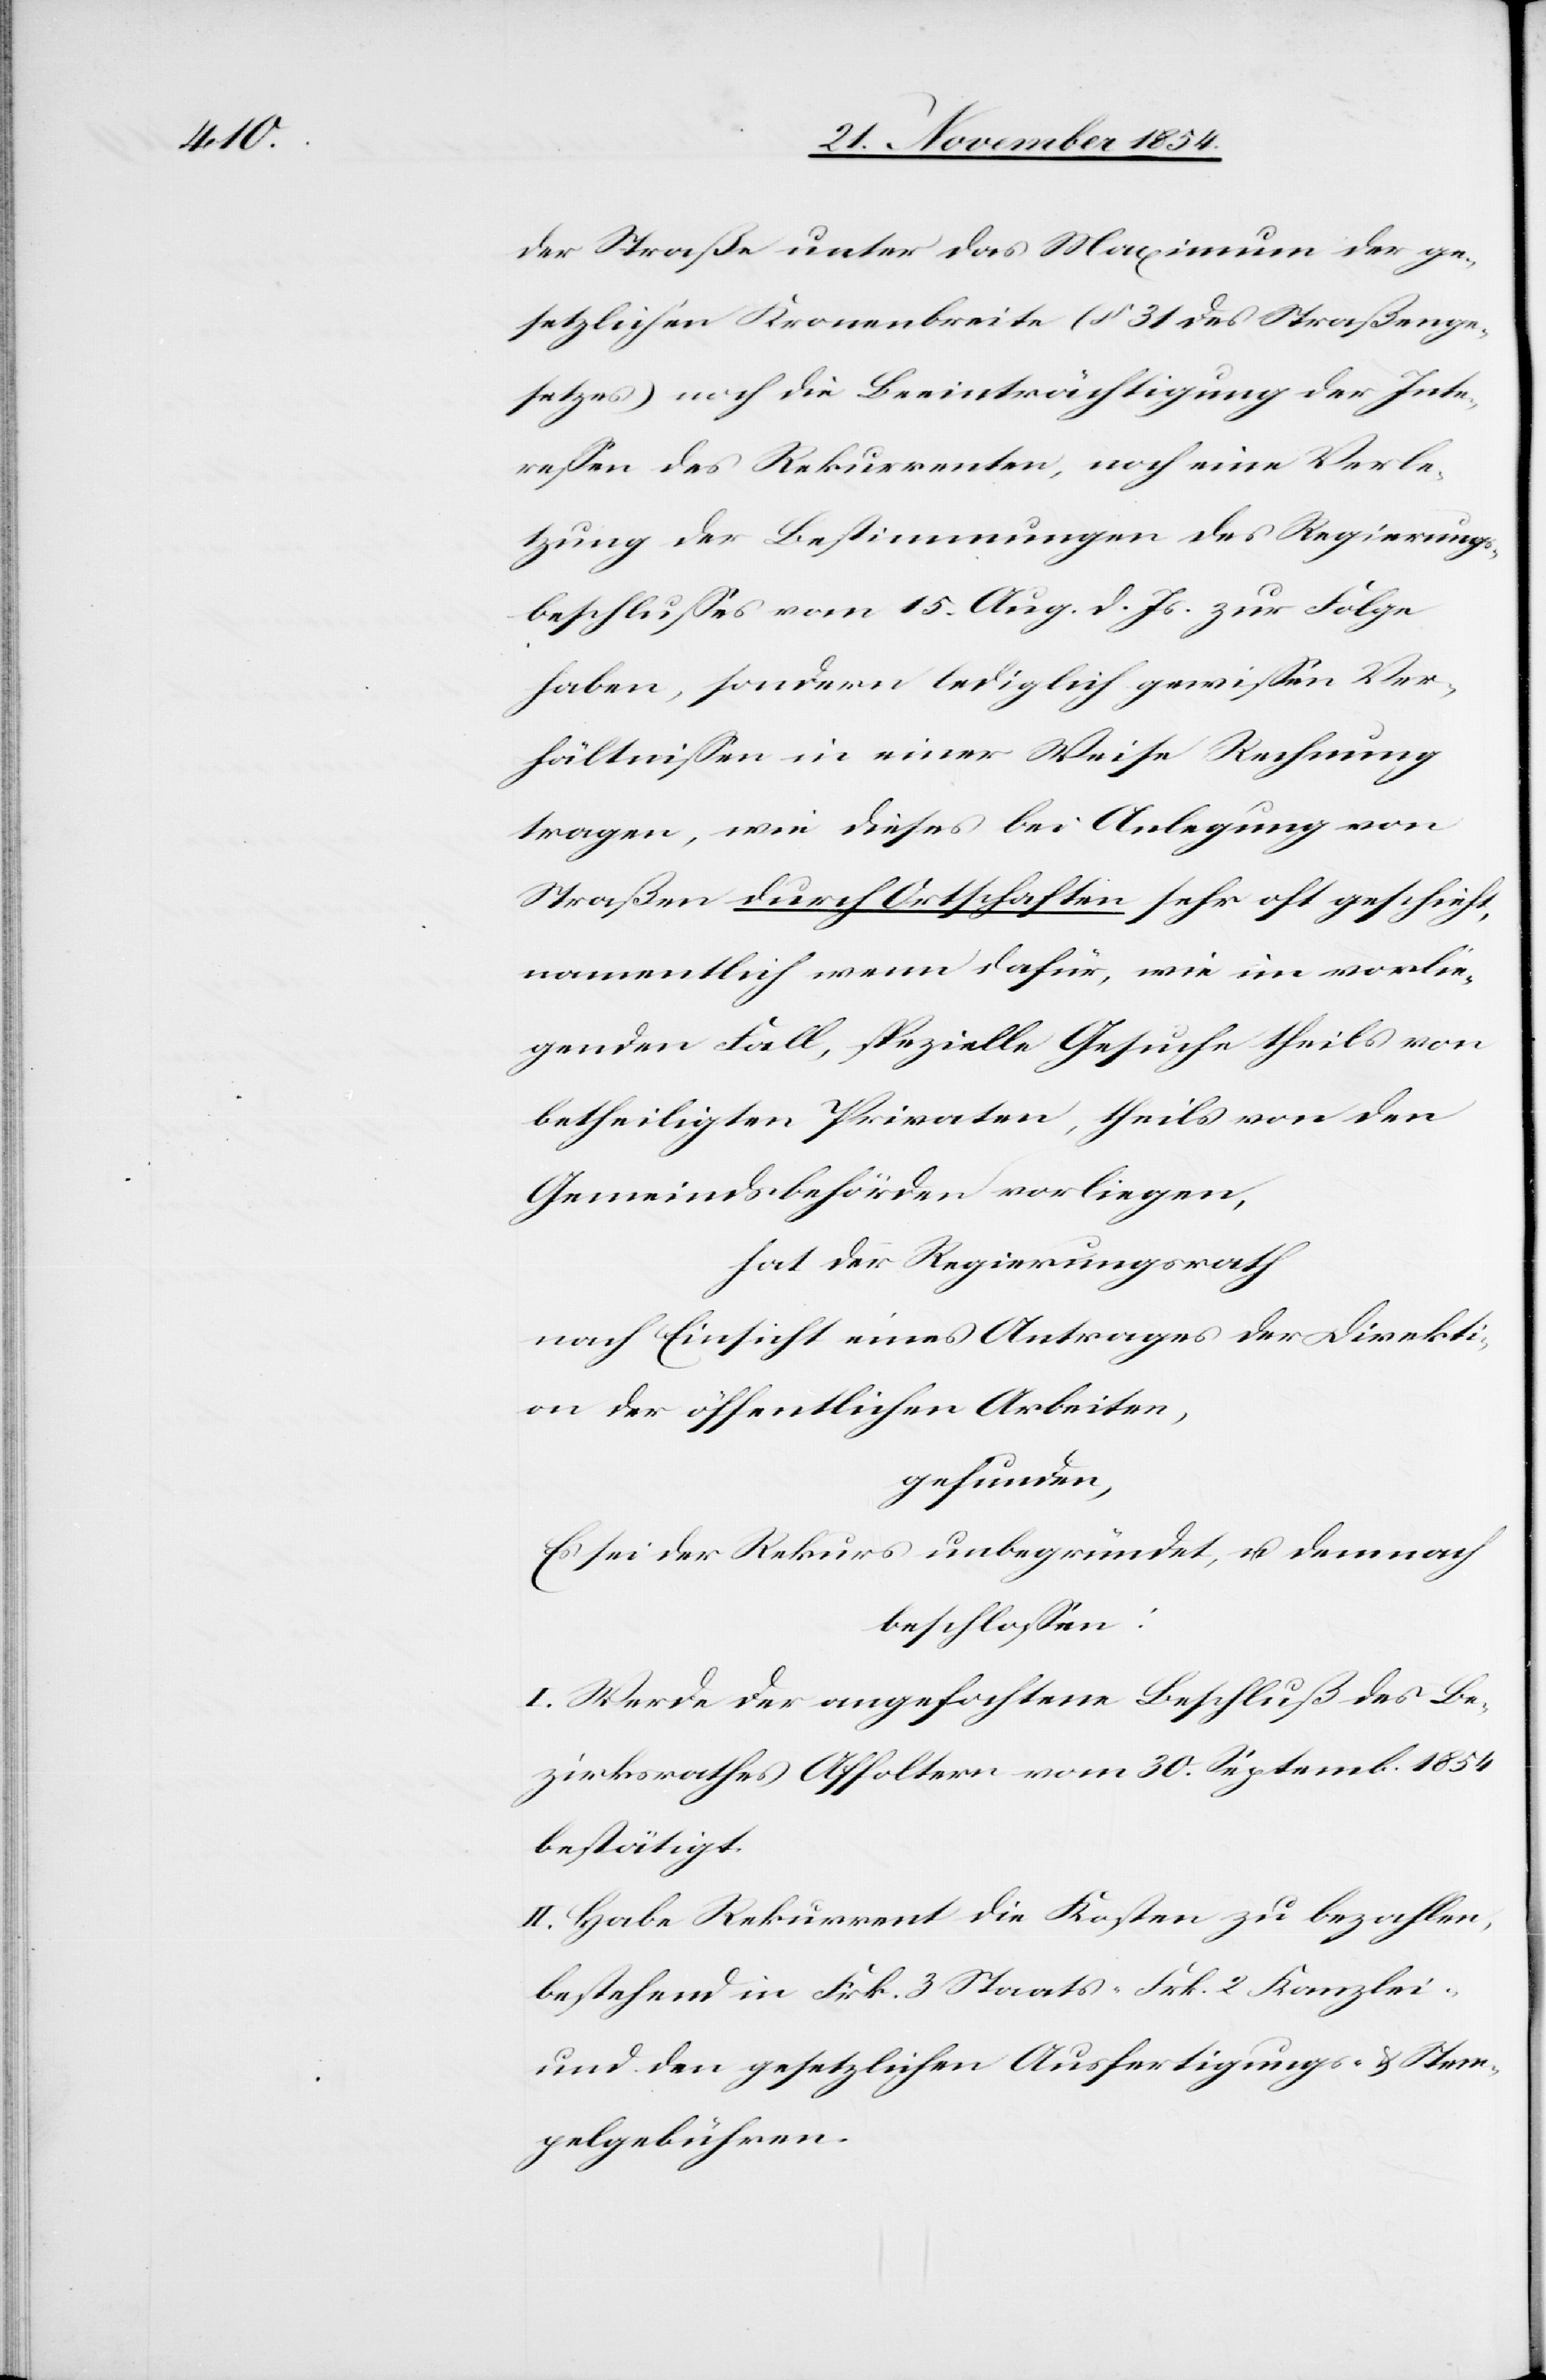
der Straße unter das Maximum der ge¬
setzlichen Kronenbreite (§ 31 des Straßenge¬
setzes) noch die Beeinträchtigung der Inte¬
reße des Rekurrenten, noch eine Verle¬
tzung der Bestimmungen des Regierungs¬
beschlußes vom 15. Aug. d. Js. zur Folge
haben, sondern lediglich gewißen Ver¬
hältnißen in einer Weise Rechnung
tragen, wie dieses bei Anlegung von
Straßen durch Ortschaften sehr oft geschieht,
namentlich wenn dafür, wie im vorlie¬
genden Fall, spezielle Gesuche theils von
betheiligten Privaten, theils von den
Gemeindsbehörden vorliegen,
hat der Regierungsrath
nach Einsicht eines Antrages der Direkti¬
on der öffentlichen Arbeiten,
gefunden,
Es sei der Rekurs unbegründet, u. demnach
beschloßen:
I. Werde der angefochtene Beschluß des Be¬
zirksrathes Affoltern vom 30. Septemb. 1854
bestätigt.
II. Habe Rekurrent die Kosten zu bezahlen,
bestehend in Frk. 3 Staats-[,] Frk. 2 Kanzlei-
und den gesetzlichen Ausfertigungs- u. Stem¬
pelgebühren.